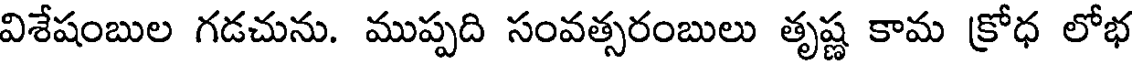
విశేషంబుల గడచును. ముప్పది సంవత్సరంబులు తృష్ణ కామ క్రోధ లోభ